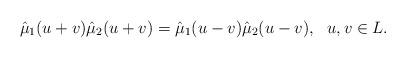
LaTeX: \begin{align*}\hat\mu_1(u+v)\hat\mu_2(u+v)=\hat\mu_1(u-v)\hat\mu_2(u-v), \ \ u, v\in L.\end{align*}